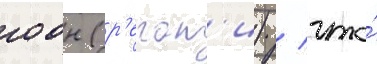
гоон (р'егат'и) / что́